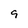
Character: 9